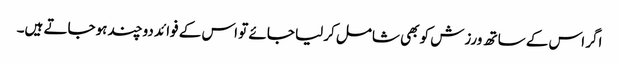
اگر اس کے ساتھ ورزش کو بھی شامل کرلیا جائے تو اس کے فوائد دوچند ہوجاتے ہیں۔